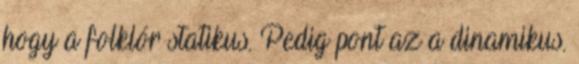
hogy a folklór statikus. Pedig pont az a dinamikus.